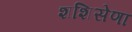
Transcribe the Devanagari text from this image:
शशिसेणा